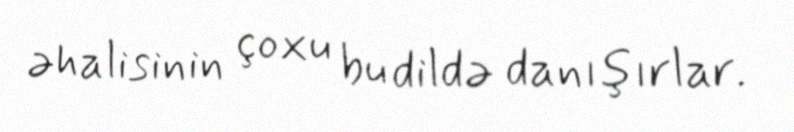
əhalisinin çoxu bu dildə danışırlar.